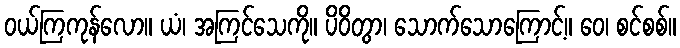
ဝယ်ကြကုန်လော။ ယံ၊ အကြင်သေကို။ ပိဝိတွာ၊ သောက်သောကြောင့်။ ဝေ၊ စင်စစ်။